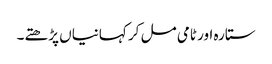
ستارہ اور ٹامی مل کر کہانیاں پڑھتے۔